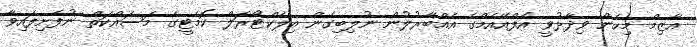
އާޒިމް މިހެން ވިދާޅުވީ އެފްއޭއެމްގެ އެއްބާރުލުން ނުލިބިގެން އިލެކްޓޯރަލް ކޮމެޓީގެ މަސައްކަތް ނުފެށިފައިވާ